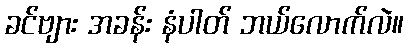
ခင်ဗျား အခန်း နံပါတ် ဘယ်လောက်လဲ။